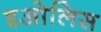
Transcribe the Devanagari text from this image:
इओलिस